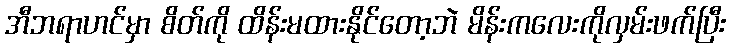
အီဘရာဟင်မှာ စိတ်ကို ထိန်းမထားနိုင်တော့ဘဲ မိန်းကလေးကိုလှမ်းဖက်ပြီး